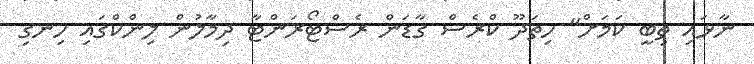
ނާޅައި ތިބީ ކަމަށް" ހިތަދޫ ކްރެސް ގާޑަން ރެސްޓޯރަންޓާ ދިމާލުން ލިންކްގައި ހިނގި